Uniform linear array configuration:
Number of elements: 64
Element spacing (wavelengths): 0.5
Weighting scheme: blackman
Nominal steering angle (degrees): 30
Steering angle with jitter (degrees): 29.055
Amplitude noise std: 0.05
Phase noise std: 0.05

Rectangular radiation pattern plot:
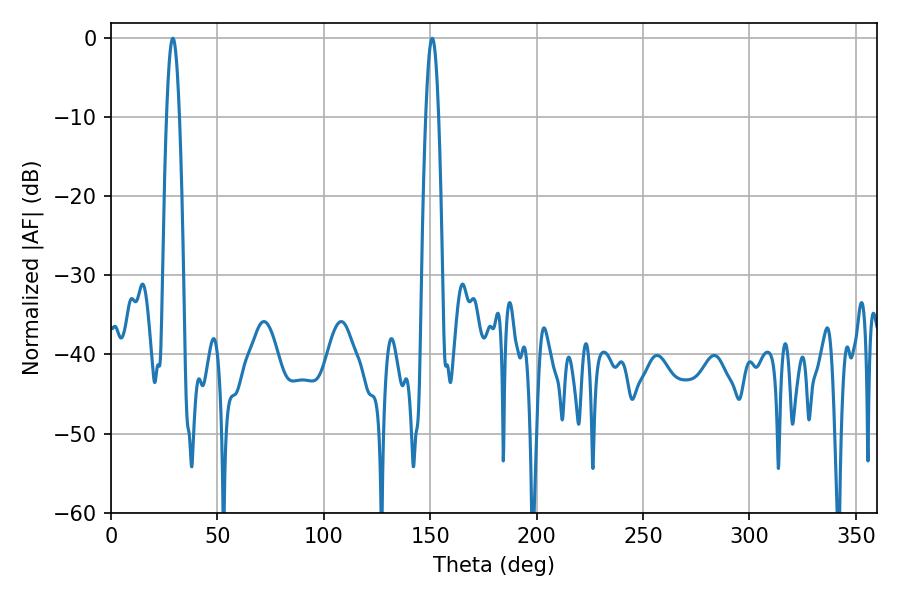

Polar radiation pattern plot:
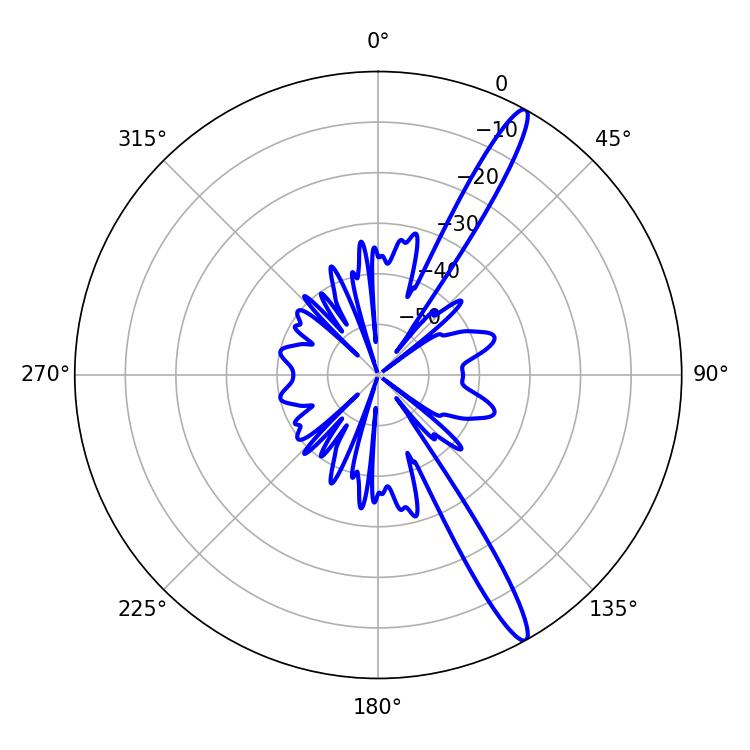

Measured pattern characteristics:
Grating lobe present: FALSE
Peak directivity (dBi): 15.121
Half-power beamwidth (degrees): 3.42
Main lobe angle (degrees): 28.98